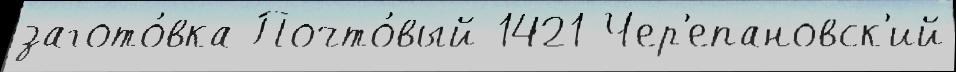
загото́вка Почто́вый 1421 Чер'епановск'ий